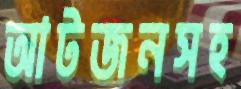
আটজনসহ